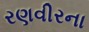
રણવીરના